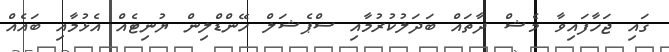
ގައި ޖަހާފައިވާ މެޝް ދާތައް ބަދަލުކުރުމާއި ސްޕެޝަލް ހޭންޑްލިން ޔުނިޓެއް އެޅުމާއި ބައެއް